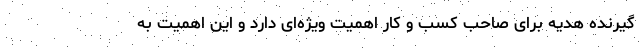
گیرنده هدیه برای صاحب کسب و کار اهمیت ویژه‌ای دارد و این اهمیت به